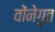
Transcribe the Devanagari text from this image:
वोंनेगुत